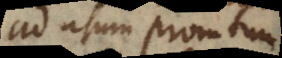
ad usum promtum